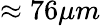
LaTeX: \approx 76\mu m